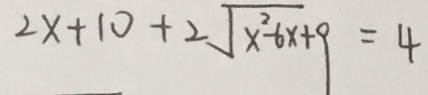
2 x + 1 0 + 2 \sqrt { x ^ { 2 } - 6 x + 9 } = 4